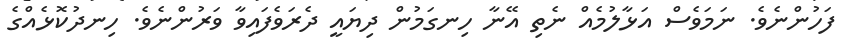
ފަހުންނެވެ. ނަމަވެސް އަޅާލުމެއް ނެތި އޭނާ ހިނގަމުން ދިޔައީ ދެރަވެފައިވާ ވަރުންނެވެ. ހިނދުކޮޅެއްގެ